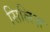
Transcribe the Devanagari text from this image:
सिलिज़